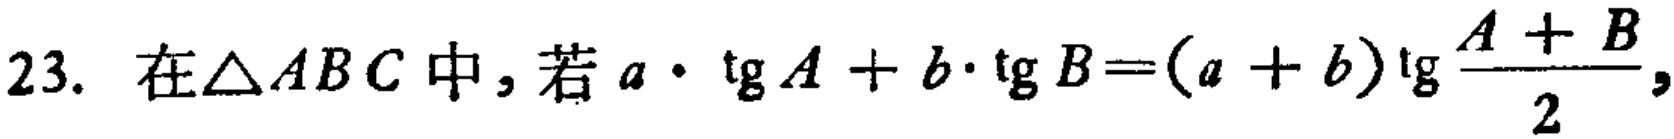
在$\triangle ABC$中，若$a\cdot \tg A + b\cdot \tg B=(a + b)\tg\frac{A + B}{2}$，